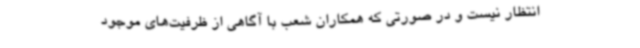
انتظار نیست و در صورتی‌ که همکاران شعب با آگاهی از ظرفیت‌های موجود